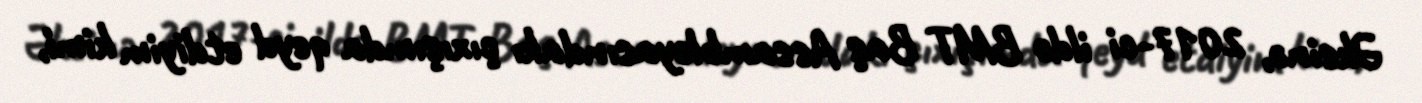
Əksinə, 2017-ci ildə BMT Baş Assambleyasındakı çıxışımda qeyd etdiyim kimi,